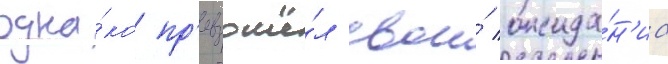
одна́ко пр'евзошё́л свои́ ожида́н'иа